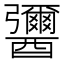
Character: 𨣾